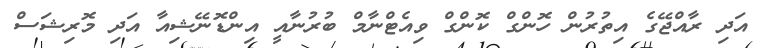
އަދި ރާއްޖޭގެ އިތުރުން ހޮންގް ކޮންގް ވިއެޓްނާމް ބުރުނާއީ އިންޑޮނޭޝިއާ އަދި މޮރިޝަސް